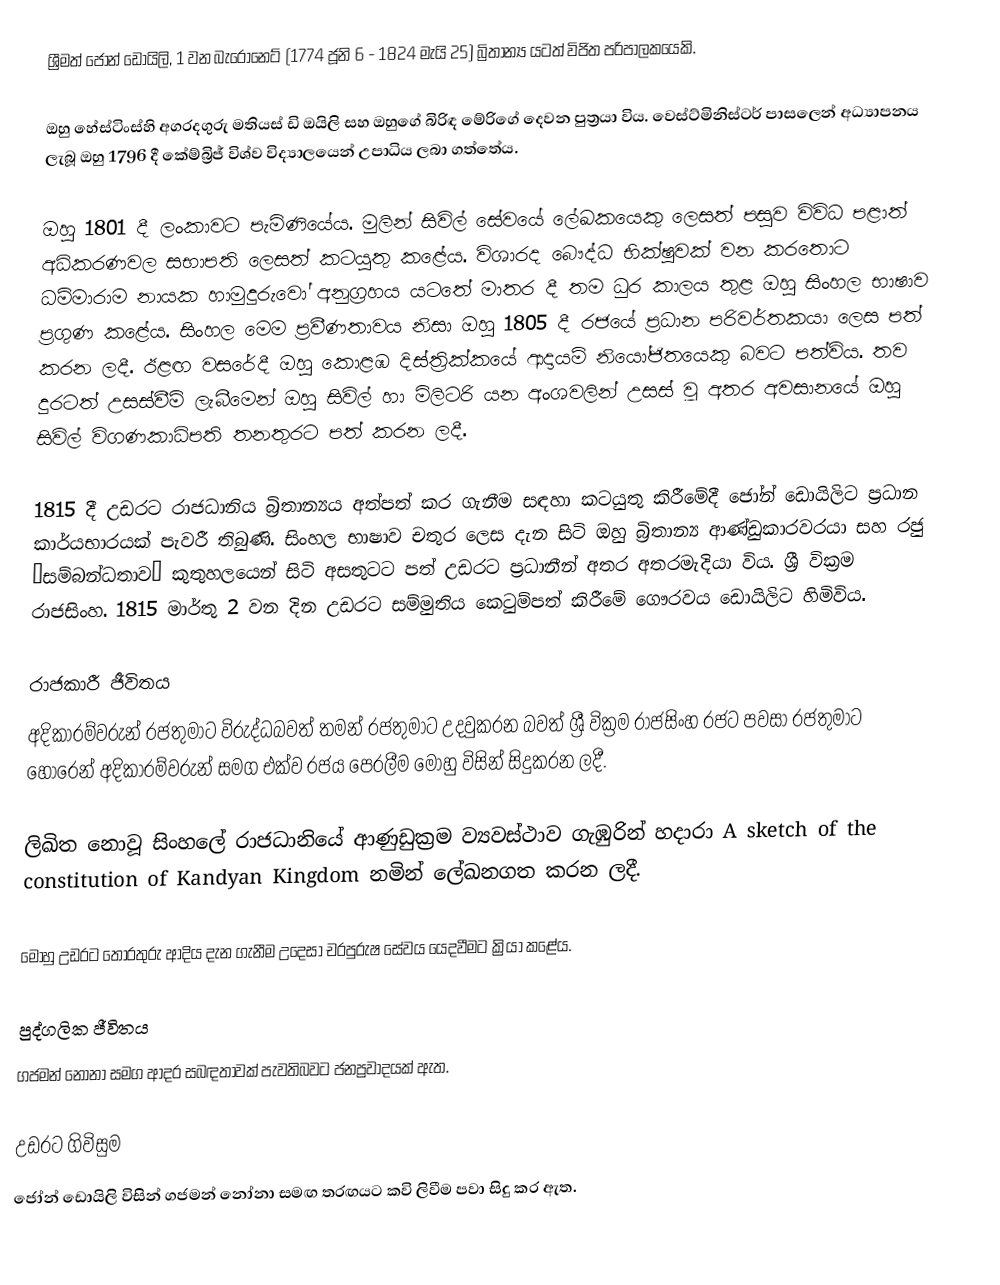
ශ්‍රීමත් ජෝන් ඩොයිලි, 1 වන බැරොනෙට් (1774 ජූනි 6 - 1824 මැයි 25) බ්‍රිතාන්‍ය යටත් විජිත පරිපාලකයෙකි.

ඔහු හේස්ටිංස්හි අගරදගුරු මතියස් ඩි ඔයිලි සහ ඔහුගේ බිරිඳ මේරිගේ දෙවන පුත්‍රයා විය. වෙස්ට්මිනිස්ටර් පාසලෙන් අධ්‍යාපනය ලැබූ ඔහු 1796 දී කේම්බ්‍රිජ් විශ්ව විද්‍යාලයෙන් උපාධිය ලබා ගත්තේය.

ඔහු 1801 දී ලංකාවට පැමිණියේය. මුලින් සිවිල් සේවයේ ලේඛකයෙකු ලෙසත් පසුව විවිධ පළාත් අධිකරණවල සභාපති ලෙසත් කටයුතු කළේය. විශාරද බෞද්ධ භික්ෂුවක් වන කරතොට ධම්මාරාම නායක හාමුදුරුවෝ අනුග්‍රහය යටතේ මාතර දී තම ධුර කාලය තුළ ඔහු සිංහල භාෂාව ප්‍රගුණ කළේය.   සිංහල මෙම ප්‍රවීණතාවය නිසා ඔහු 1805 දී රජයේ ප්‍රධාන පරිවර්තකයා ලෙස පත් කරන ලදී. ඊළඟ වසරේදී ඔහු කොළඹ දිස්ත්‍රික්කයේ ආදායම් නියෝජිතයෙකු බවට පත්විය. තව දුරටත් උසස්වීම් ලැබීමෙන් ඔහු සිවිල් හා මිලිටරි යන අංශවලින් උසස් වූ අතර අවසානයේ ඔහු සිවිල් විගණකාධිපති තනතුරට පත් කරන ලදී.

1815 දී උඩරට රාජධානිය බ්‍රිතාන්‍යය අත්පත් කර ගැනීම සඳහා කටයුතු කිරීමේදී ජෝන් ඩොයිලිට ප්‍රධාන කාර්යභාරයක් පැවරී තිබුණි. සිංහල භාෂාව චතුර ලෙස දැන සිටි ඔහු බ්‍රිතාන්‍ය ආණ්ඩුකාරවරයා සහ රජු “සම්බන්ධතාව” කුතුහලයෙන් සිටි අසතුටට පත් උඩරට ප්‍රධානීන් අතර අතරමැදියා විය. ශ්‍රී වික්‍රම රාජසිංහ. 1815 මාර්තු 2 වන දින උඩරට සම්මුතිය කෙටුම්පත් කිරීමේ ගෞරවය ඩොයිලිට හිමිවිය.

රාජකාරී ජීවිතය
අදිකාරම්වරුන් රජතුමාට විරුද්ධබවත් තමන් රජතුමාට උදවුකරන බවත් ශ්‍රී වික්‍රම රාජසිංහ රජට පවසා රජතුමාට හොරෙන් අදිකාරම්වරුන් සමග එක්ව රජය පෙරලීම මොහු විසින් සිදුකරන ලදී.

ලිඛිත නොවූ සිංහලේ රාජධානියේ ආණුඩුක්‍රම ව්‍යවස්ථාව ගැඹුරින් හදාරා A sketch of the constitution of Kandyan Kingdom නමින් ලේඛනගත කරන ලදී.

මොහු උඩරට තොරතුරු ආදිය දැන ගැනීම උදෙසා චරපුරුෂ සේවය යෙදවීමට ක්‍රියා කළේය.

පුද්ගලික ජීවිතය
ගජමන් නෝනා සමග ආදර සබඳතාවක් පැවතිබවට ජනප්‍රවාදයක් ඇත.

උඩරට ගිවිසුම
ජෝන් ඩොයිලි විසින් ගජමන් නෝනා සමඟ තරඟයට කවි ලිවීම පවා සිදු කර ඇත.